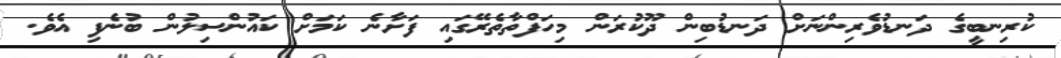
ކުރިނބީގެ ދަނޑުވެރިންނަށް ދަނޑުބިން ދޫކުރަން މިހަފްތާތެރޭގައި ފަށާނެ ކަމަށް ކައުންސިލުން ބުނެފި އެވެ.